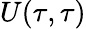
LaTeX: U(\tau,\tau)